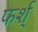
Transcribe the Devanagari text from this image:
फर्श्